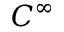
C ^ { \infty }